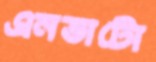
এনভাটো